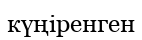
күңіренген